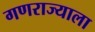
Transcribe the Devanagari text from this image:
गणराज्याला